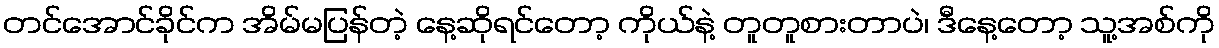
တင်အောင်ခိုင်က အိမ်မပြန်တဲ့ နေ့ဆိုရင်တော့ ကိုယ်နဲ့ တူတူစားတာပဲ၊ ဒီနေ့တော့ သူ့အစ်ကို